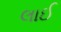
લાઈ